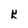
Character: K